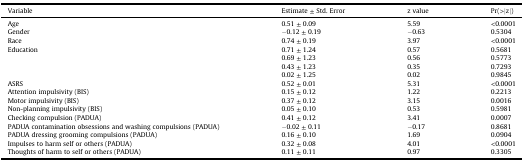
| Variable | Estimate ± Std. Error | z value | Pr(>|z|) |
 | --- | --- | --- | --- |
 | Age | 0.51 ± 0.09 | 5.59 | <0.0001 |
 | Gender | −0.12 ± 0.19 | −0.63 | 0.5304 |
 | Race | 0.74 ± 0.19 | 3.97 | <0.0001 |
 | <ROWSPAN=4> Education | 0.71 ± 1.24 | 0.57 | 0.5681 |
 | 0.69 ± 1.23 | 0.56 | 0.5773 |
 | 0.43 ± 1.23 | 0.35 | 0.7293 |
 | 0.02 ± 1.25 | 0.02 | 0.9845 |
 | ASRS | 0.52 ± 0.01 | 5.31 | <0.0001 |
 | Attention impulsivity (BIS) | 0.15 ± 0.12 | 1.22 | 0.2213 |
 | Motor impulsivity (BIS) | 0.37 ± 0.12 | 3.15 | 0.0016 |
 | Non-planning impulsivity (BIS) | 0.05 ± 0.10 | 0.53 | 0.5981 |
 | Checking compulsion (PADUA) | 0.41 ± 0.12 | 3.41 | 0.0007 |
 | PADUA contamination obsessions and washing compulsions (PADUA) | −0.02 ± 0.11 | −0.17 | 0.8681 |
 | PADUA dressing grooming compulsions (PADUA) | 0.16 ± 0.10 | 1.69 | 0.0904 |
 | Impulses to harm self or others (PADUA) | 0.32 ± 0.08 | 4.01 | <0.0001 |
 | Thoughts of harm to self or others (PADUA) | 0.11 ± 0.11 | 0.97 | 0.3305 |